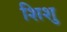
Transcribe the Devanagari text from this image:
शिशु